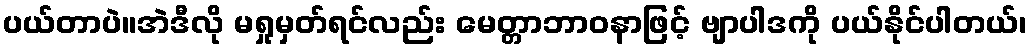
ပယ်တာပဲ။အဲဒီလို မရှုမှတ်ရင်လည်း မေတ္တာဘာဝနာဖြင့် ဗျာပါဒကို ပယ်နိုင်ပါတယ်၊